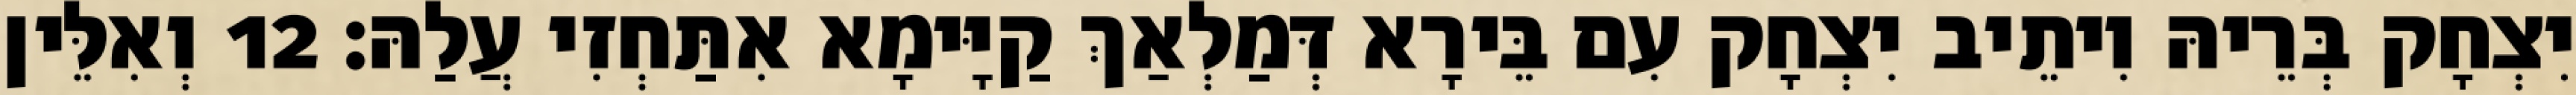
יִצְחָק בְּרֵיהּ וִיתֵיב יִצְחָק עִם בֵּירָא דְּמַלְאַךְ קַיָּימָא אִתַּחְזִי עֲלַהּ׃ 12 וְאִלֵּין